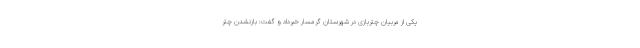
یکی از مربیان چتربازی در شهرستان گرمسار خبرداد و گفت: بازنشدن چتر